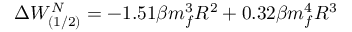
\Delta W _ { ( 1 / 2 ) } ^ { N } = - 1 . 5 1 \beta m _ { f } ^ { 3 } R ^ { 2 } + 0 . 3 2 \beta m _ { f } ^ { 4 } R ^ { 3 }